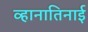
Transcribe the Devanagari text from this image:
व्हानातिनाई